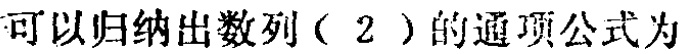
可以归纳出数列（2）的通项公式为